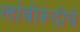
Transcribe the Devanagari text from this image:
लांबीरूंदीचे